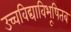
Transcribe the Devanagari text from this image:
उच्चविद्याविभूषितब